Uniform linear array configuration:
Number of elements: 64
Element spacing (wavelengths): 0.5
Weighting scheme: exponential
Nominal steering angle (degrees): -15
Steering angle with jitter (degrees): -16.38
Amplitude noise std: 0.05
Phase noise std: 0.05

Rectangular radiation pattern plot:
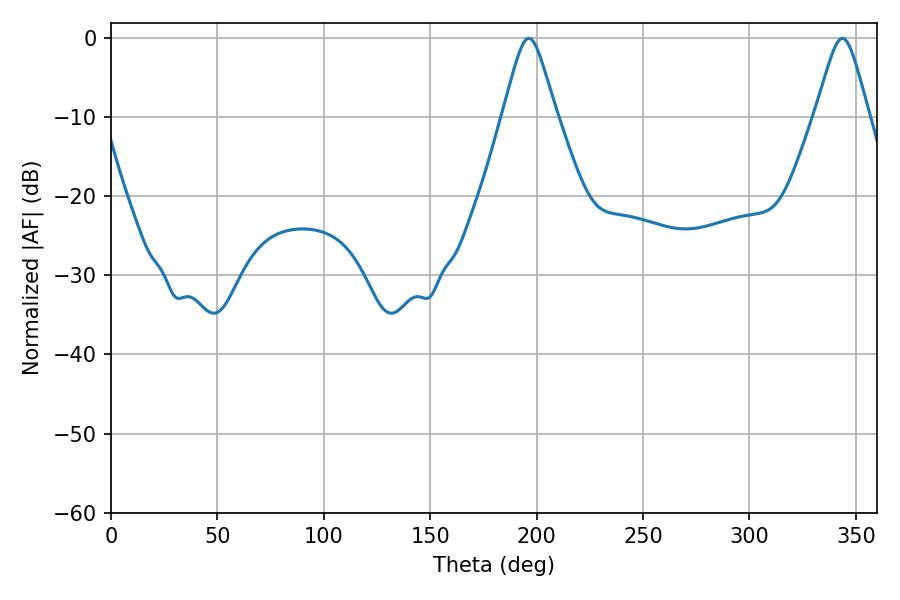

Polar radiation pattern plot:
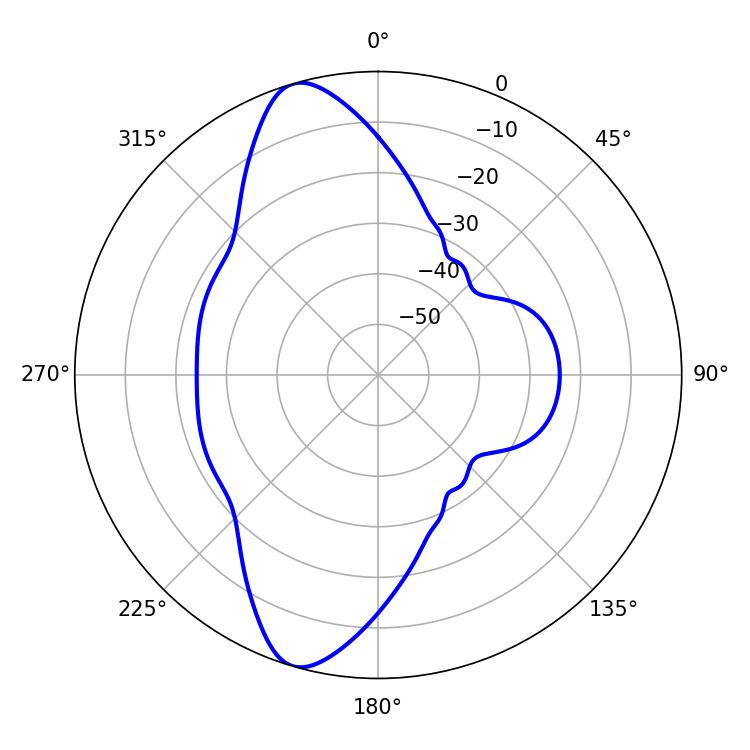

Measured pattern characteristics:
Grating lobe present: FALSE
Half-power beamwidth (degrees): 11.88
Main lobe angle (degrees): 196.38